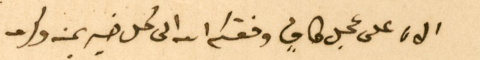
الان على عجل كافٍ وفقكم الله الى كل خير يمنه وكرمه